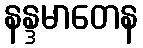
နန္ဒမာတေန